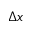
\Delta x